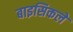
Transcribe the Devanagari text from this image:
बाइसिकलें